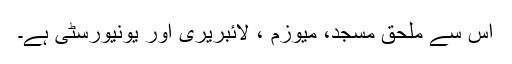
اس سے ملحق مسجد، میوزم ، لائبریری اور یونیورسٹی ہے۔